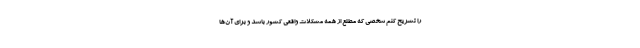
را تشریح کنم شخصی که مطلع از همه مشکلات واقعی کشور باشد و برای آن‌ها